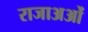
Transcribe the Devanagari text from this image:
राजाअओं